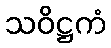
သဝိဋ္ဌကံ